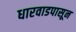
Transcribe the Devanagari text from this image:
धारवाडपासून